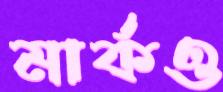
মার্কও